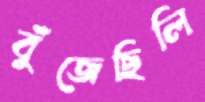
বুঁজেছিলি